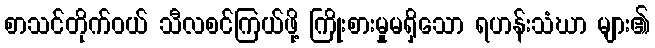
စာသင်တိုက်ဝယ် သီလစင်ကြယ်ဖို့ ကြိုးစားမှုမရှိသော ရဟန်းသံဃာ များ၏